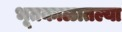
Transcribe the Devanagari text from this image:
भूतकाळातल्या